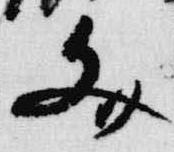
文